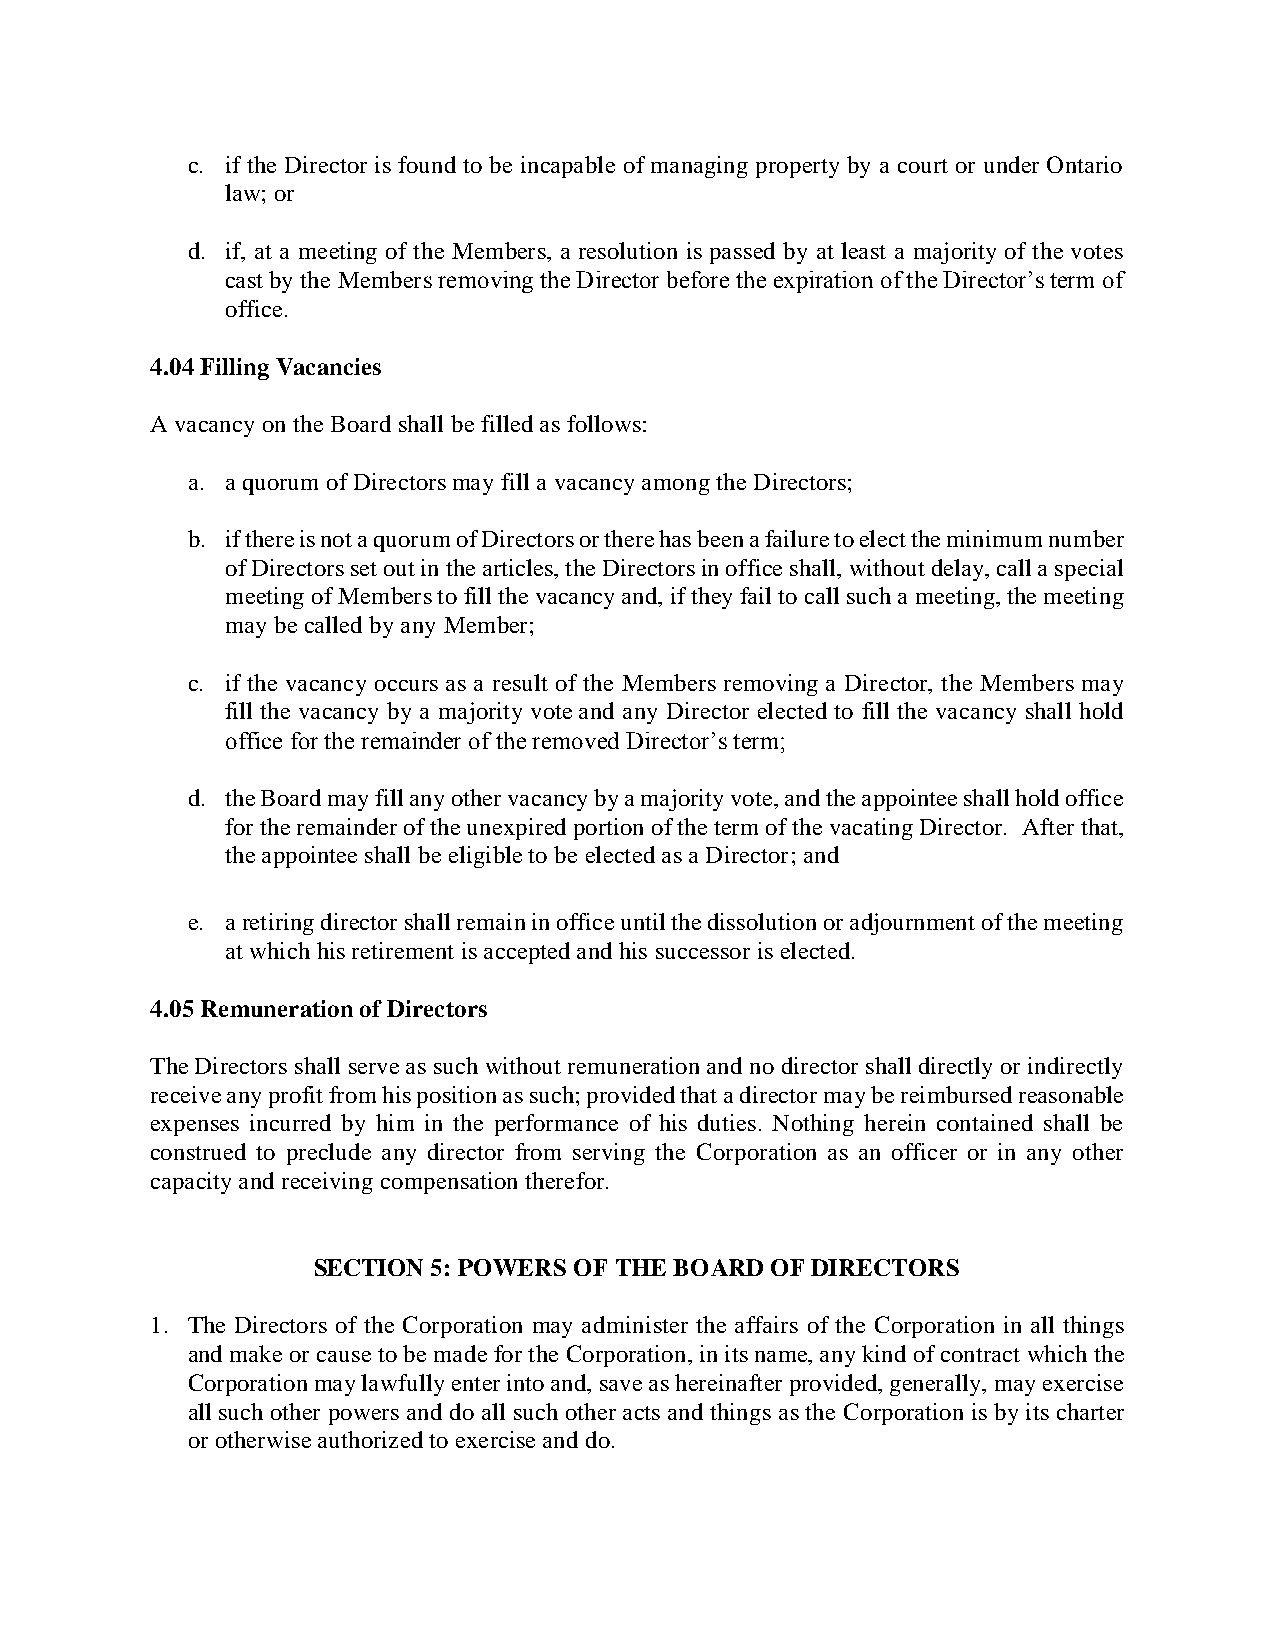
c. if the Director is found to be incapable of managing property by a court or under Ontario
 law; or
 d. if, at a meeting of the Members, a resolution is passed by at least a majority of the votes
 cast by the Members removing the Director before the expiration of the Director’s term of
 office.
 4.04 Filling Vacancies
 A vacancy on the Board shall be filled as follows:
 a. a quorum of Directors may fill a vacancy among the Directors;
 b. if there is not a quorum of Directors or there has been a failure to elect the minimum number
 of Directors set out in the articles, the Directors in office shall, without delay, call a special
 meeting of Members to fill the vacancy and, if they fail to call such a meeting, the meeting
 may be called by any Member;
 c. if the vacancy occurs as a result of the Members removing a Director, the Members may
 fill the vacancy by a majority vote and any Director elected to fill the vacancy shall hold
 office for the remainder of the removed Director’s term;
 d. the Board may fill any other vacancy by a majority vote, and the appointee shall hold office
 for the remainder of the unexpired portion of the term of the vacating Director. After that,
 the appointee shall be eligible to be elected as a Director; and
 e. a retiring director shall remain in office until the dissolution or adjournment of the meeting
 at which his retirement is accepted and his successor is elected.
 4.05 Remuneration of Directors
 The Directors shall serve as such without remuneration and no director shall directly or indirectly
 receive any profit from his position as such; provided that a director may be reimbursed reasonable
 expenses incurred by him in the performance of his duties. Nothing herein contained shall be
 construed to preclude any director from serving the Corporation as an officer or in any other
 capacity and receiving compensation therefor.
 SECTION 5: POWERS OF THE BOARD OF DIRECTORS
 1. The Directors of the Corporation may administer the affairs of the Corporation in all things
 and make or cause to be made for the Corporation, in its name, any kind of contract which the
 Corporation may lawfully enter into and, save as hereinafter provided, generally, may exercise
 all such other powers and do all such other acts and things as the Corporation is by its charter
 or otherwise authorized to exercise and do.